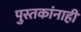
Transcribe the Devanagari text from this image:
पुस्तकांनाही